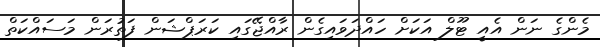
މެންގެ ނަން އެއީ ޓޫލް އަކަށް ހައްދަވައިގެން ރާއްޖޭގަައި ކަރަޕްޝަން ފަތުރަން މަސައްކަތް